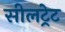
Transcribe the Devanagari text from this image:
सीलट्रेट